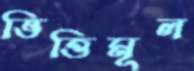
ভিত্তিমূল